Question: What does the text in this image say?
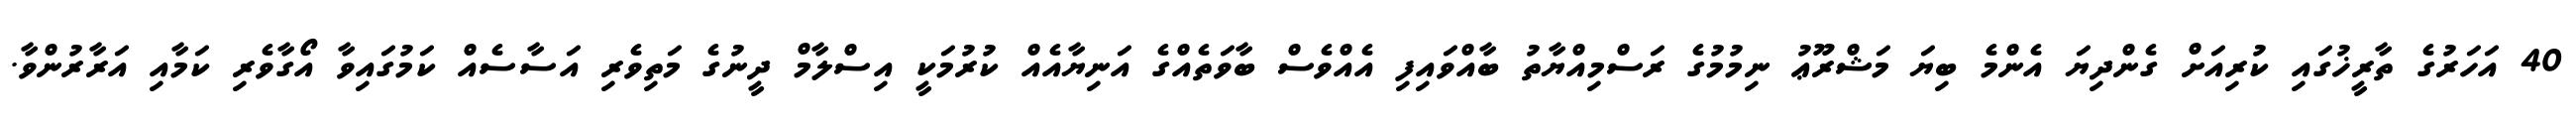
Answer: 40 އަހަރުގެ ތާރީޚުގައި ކުރިއަށް ގެންދިޔަ އެންމެ ބިޔަ މަޝްރޫޢު ނިމުމުގެ ރަސްމިއްޔާތު ބާއްވައިފި އެއްވެސް ބާވަތެއްގެ އަނިޔާއެއް ކުރުމަކީ އިސްލާމް ދީނުގެ މަތިވެރި އަސާސެއް ކަމުގައިވާ އޯގާވެރި ކަމާއި އަރާރުންވާ.